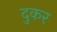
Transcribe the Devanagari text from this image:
दुकर